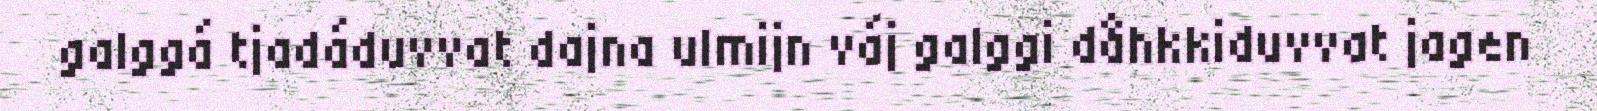
galggá tjadáduvvat dajna ulmijn váj galggi dåhkkiduvvat jagen